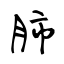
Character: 肺